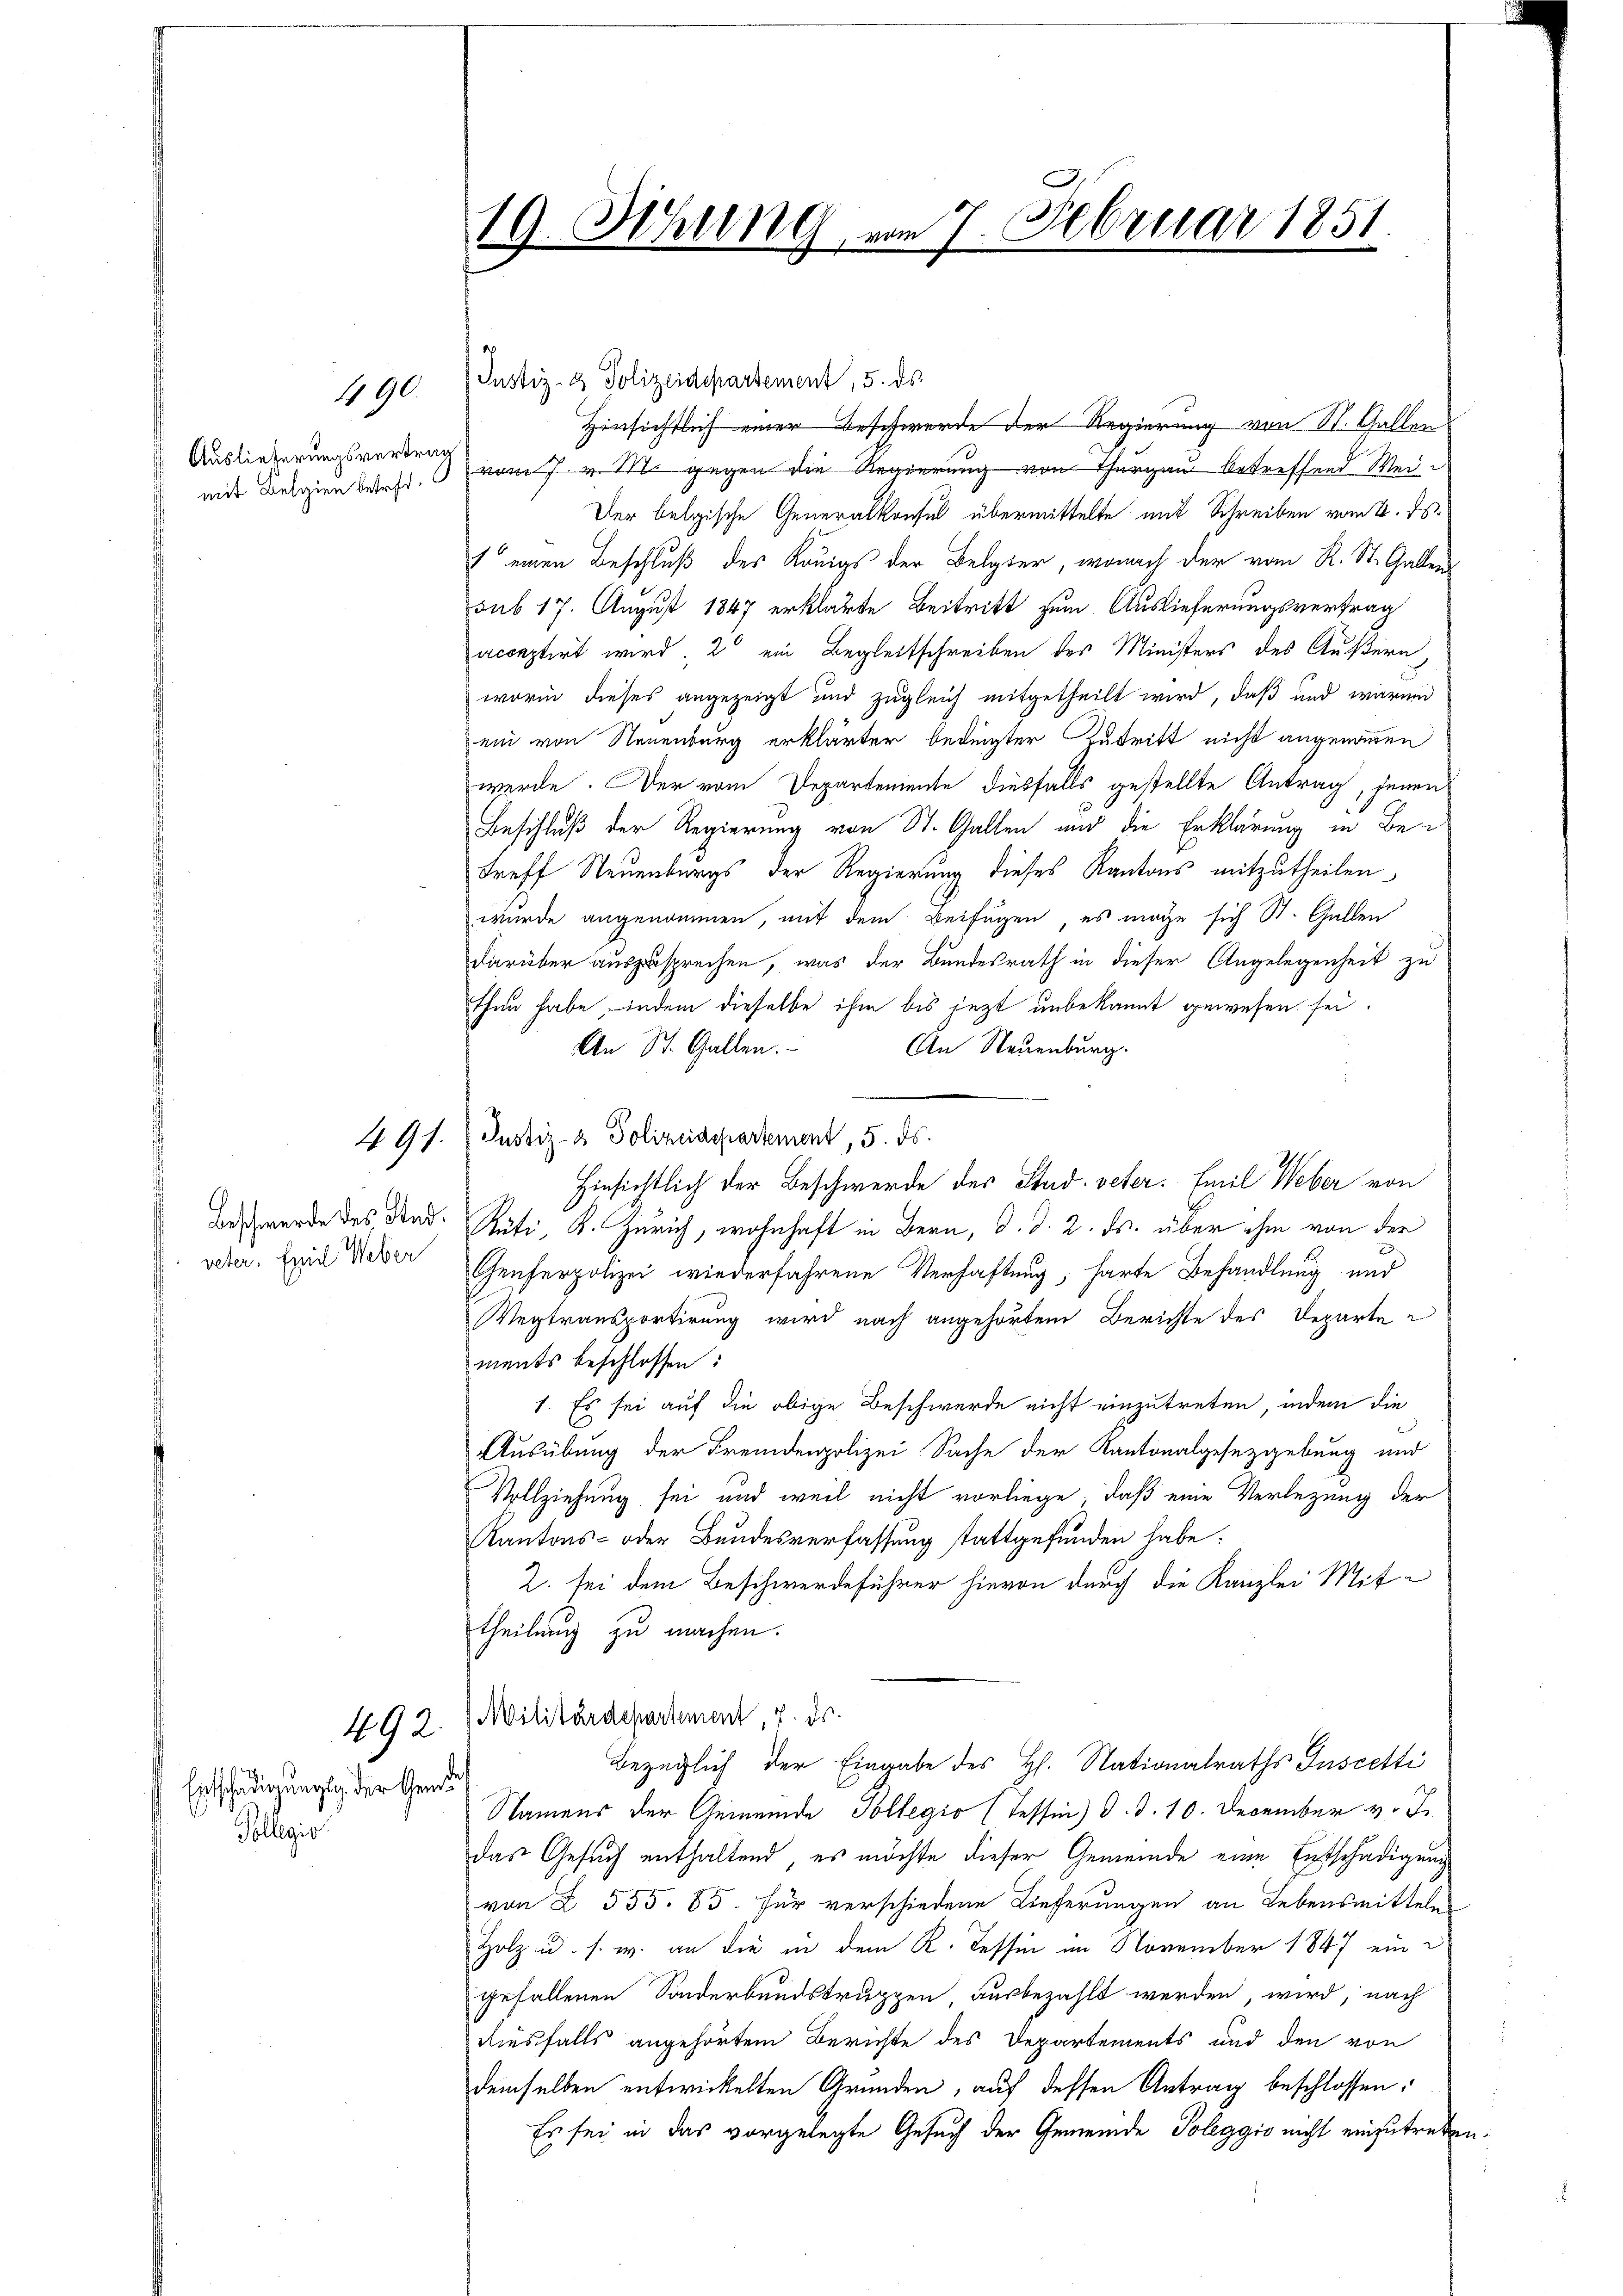
Auslieferungsvertrag

490.

veter. Emil Weber

492.

Entschädigungs der Gemde
Tollegio

19. Ahung vom 7. Februar 1851.

Justiz- & Polizeidepartement, 5. ds.
Hinsichtlich einer Beschwerde der Regierung von St. Gallen
midt Belgien darf. vom 7 v. M. gegen die Regierung von Thurgau betreffend Wei¬
Der belgische Generalkonsul übermittelte mit Schreiben vom 2. ds.
1 einen Beschluß des Königs der Belgter, wonach der vom K. St. Gallen
sub 17. August 1847 erklärte Beitritt zum Auslieferungsvertrag
acceptirt wird, 2 ein Begleitschreiben der Ministers des Äußern,
worin dieses angezeigt und zugleich mitgetheilt wird, daß und wärend
ein von Neuenburg erklärter bedingter Zutritt nicht angenommen
werde. Der vom Departemente diesfalls gestellte Antrag, jenen
Beschluß der Regierung von St. Gallen und die Erklärung in Betreff Neuenburgs der Regierung dieses Kantons mitzutheilen,
wurde angenommen, mit dem Beifügen, es möge sich St. Gallen
darüber auszusprechen, was der Bundesrath in dieser Angelegenheit zu
thun habe, indem dieselbe ihm bis jezt unbekannt gewesen sei.
An Neuenburg.
An St. Gallen.
491. Justiz- & Polizeidepartement, 5. ds.
Hinsichtlich der Beschwerde des Stud. veter. Emil Weber von
An werde des Rad. Rüti, K. Zürich, wohnhaft in Bern, d. d. 2. ds. über ihm von der
Genferpolizei wiederfahrene Verhaftung, harte Behandlung und
egtransportirung wird nach angehörtem Berichte des Departe
ments beschlossen:
1. Es sei auf die obige Beschwerde nicht einzutreten, indem die
Ausübung der Fremdenpolizei Sache der Kantonalgesetzgebung und
Vollziehung sei und weil nicht vorliege, daß eine Verletzung der
Kantons- oder Bundesverfassung stattgefunden habe.
Z. sei dem Beschwerdeführer hievon durch die Kanzlei Mittheilung zu machen.
Militärdepartement, 7. ds.
Bezüglich der Eingabe des H. Nationalraths Inspetti
Namens der Gemeinde Pollegio (Tessin) d. d. 10. December v. J.
das Gesuch enthaltend, es möchte dieser Gemeinde eine Entschädigung
von § 555. 85. für verschiedene Lieferungen an Lebensmitteln
Holz u. s. w. an die in dem R. Tessin im November 1847 eingefallenen Sonderbundstruppen, ausbezahlt werden, wird, nach
ausfalls angehörtem Berichte des Departements und den von
demselben entwickelten Gründen, auf dessen Antrag beschlossen:
Es sei in das vorgelegte Gesuch der Gemeinde Poleggio nicht einzutreten.